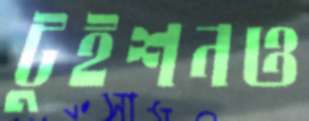
টুইশনও